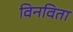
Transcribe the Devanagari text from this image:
विनविता